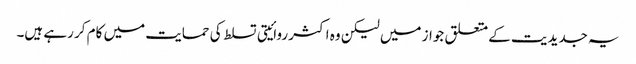
یہ جدیدیت کے متعلق جواز میں لیکن وہ اکثر روائیتی تسلط کی حمایت میں کام کر رہے ہیں۔